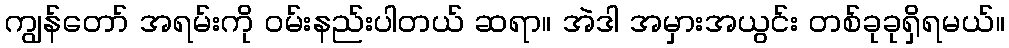
ကျွန်တော် အရမ်းကို ဝမ်းနည်းပါတယ် ဆရာ။ အဲဒါ အမှားအယွင်း တစ်ခုခုရှိရမယ်။